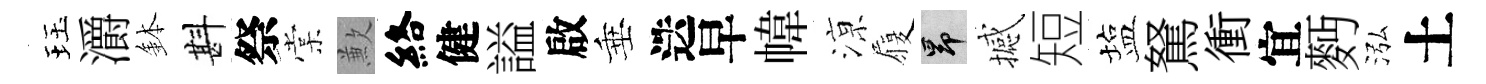
珏灂鉢斟祭棠歉絡健謚啟垂迭早幃鿌履昂撼短塩駑衝宜麪泓土